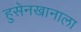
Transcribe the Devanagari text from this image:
हुसेनखानाला